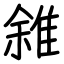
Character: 雓